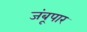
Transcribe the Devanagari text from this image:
जंबूपार